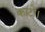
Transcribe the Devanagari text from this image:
काटो।